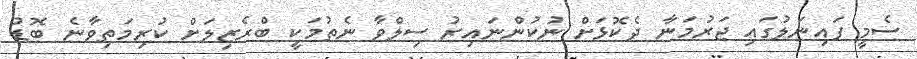
ސެމީ ފައިނަލުގައި ޖަރުމަނާ ދެކޮޅަށް ނުކުންނައިރު ސިލްވާ ނެތުމަކީ ބްރެޒިލަށް ކުރިމަތިވާނެ ބޮޑު